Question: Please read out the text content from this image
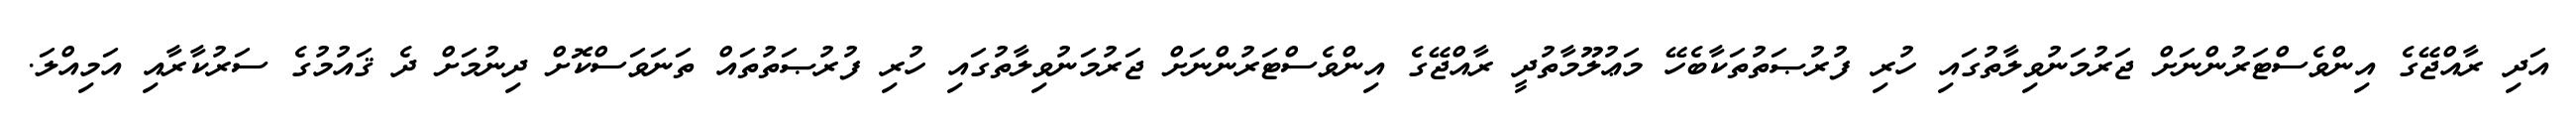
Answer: އަދި ރާއްޖޭގެ އިންވެސްޓަރުންނަށް ޖަރުމަނުވިލާތުގައި ހުރި ފުރުޞަތުތަކާބެހޭ މަޢުލޫމާތުދީ ރާއްޖޭގެ އިންވެސްޓަރުންނަށް ޖަރުމަނުވިލާތުގައި ހުރި ފުރުޞަތުތައް ތަނަވަސްކޮށް ދިނުމަށް ދެ ޤައުމުގެ ސަރުކާރާއި އަމިއްލަ.